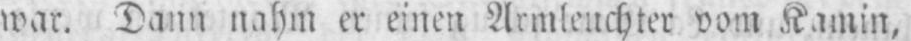
war. Dann nahm er einen Armleuchter vom Kamin,